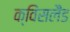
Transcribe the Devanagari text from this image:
क्विंसलैंड